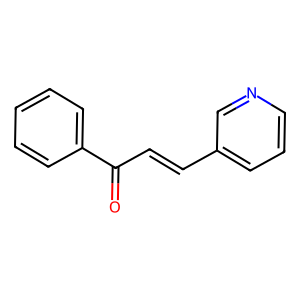
SMILES: O=C(C=Cc1cccnc1)c1ccccc1
Inhibits HIV replication: No